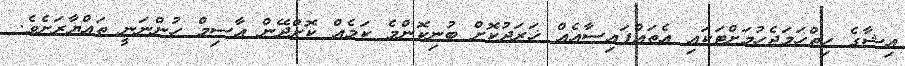
އިޝާގެ ހިތްހަމަޖެހުމަށްޓަކައި އެތައްފައިސާއެއް ޚަރަދުކޮށް ބުނިކޮންމެ ކަމެއް ކޮށްދޭން އާސިމް ހުންނަނީ ތައްޔާރަށެވެ.